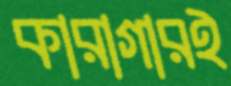
কারাগারই